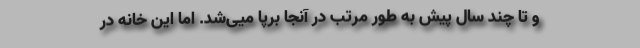
و تا چند سال پیش به طور مرتب در آنجا برپا میی‌شد. اما این خانه در